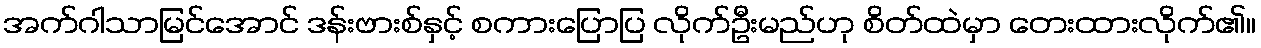
အက်ဂါသာမြင်အောင် ဒန်းဗားစ်နှင့် စကားပြောပြ လိုက်ဦးမည်ဟု စိတ်ထဲမှာ တေးထားလိုက်၏။